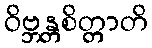
ဝိဗ္ဘန္တစိတ္တာတိ